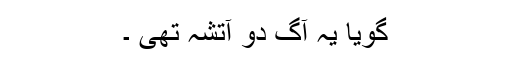
گویا یہ آگ دو آتشہ تھی ۔